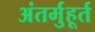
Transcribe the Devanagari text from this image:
अंतर्मुहूर्त